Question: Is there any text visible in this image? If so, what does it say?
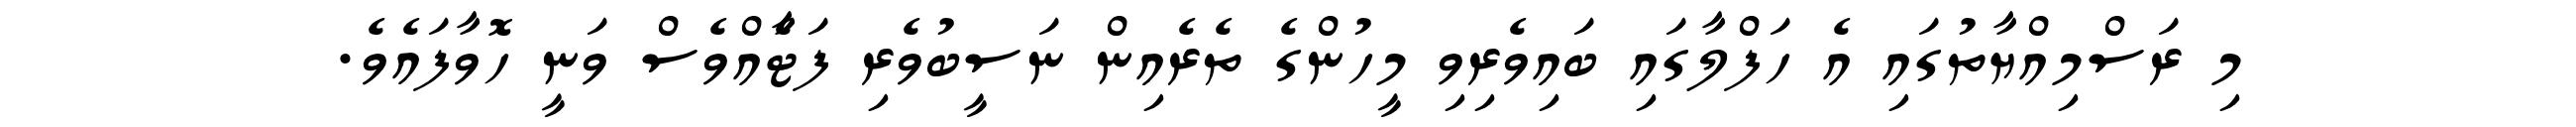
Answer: މި ރަސްމިއްޔާތުގައި އެ ހަފްލާގައި ބައިވެރިވި މީހުންގެ ތެރެއިން ނަސީބުވެރި ފަޓާެއްވެސް ވަނީ ހޮވާފައެވެ.